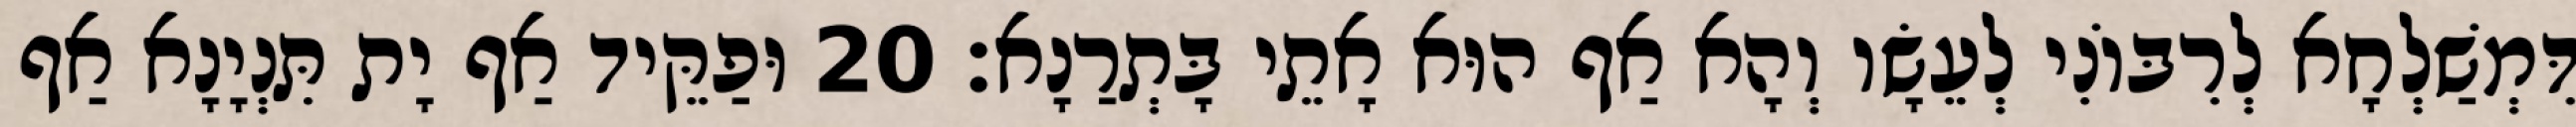
דִּמְשַׁלְחָא לְרִבּוֹנִי לְעֵשָׂו וְהָא אַף הוּא אָתֵי בָּתְרַנָא׃ 20 וּפַקֵּיד אַף יָת תִּנְיָנָא אַף